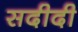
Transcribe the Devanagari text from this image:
सदीदी